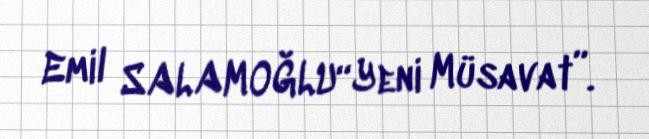
Emil SALAMOĞLU“Yeni Müsavat”.